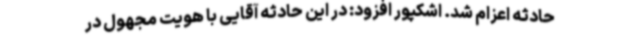
حادثه اعزام شد. اشکپور افزود: در این حادثه آقایی با هویت مجهول در